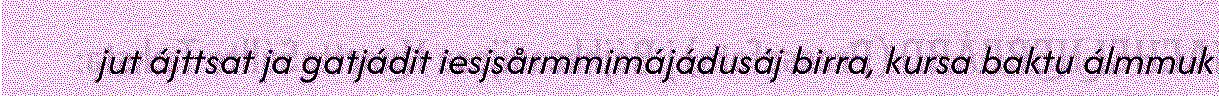
jut ájttsat ja gatjádit iesjsårmmimájádusáj birra, kursa baktu álmmuk